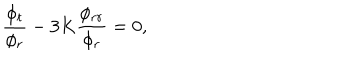
\frac { \phi _ { t } } { \phi _ { r } } - 3 K \frac { \phi _ { r r } } { \phi _ { r } } = 0 ,